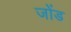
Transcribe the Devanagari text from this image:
जोंड